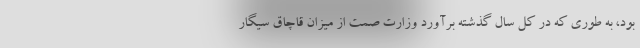
بود، به طوری که در کل سال گذشته برآورد وزارت صمت از میزان قاچاق سیگار